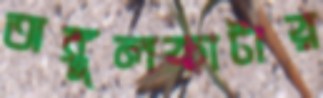
অঙ্গুলকাটার